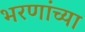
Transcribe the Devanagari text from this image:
भरणांच्या